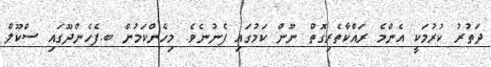
ދަތުރު ކުރުމަކީ އެންމެ ރައްކާތެރިގޮތް ނޫން ކަމުގައި ފެނުނެވެ. މިހެންކަމުން ބ.ފެހެންދޫގައި ސްކޫލް